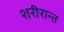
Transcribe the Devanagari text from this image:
शरीरान्त